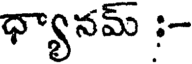
ధ్యానమ్ ;-